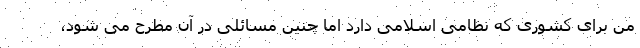
من برای کشوری که نظامی اسلامی دارد اما چنین مسائلی در آن مطرح می شود،